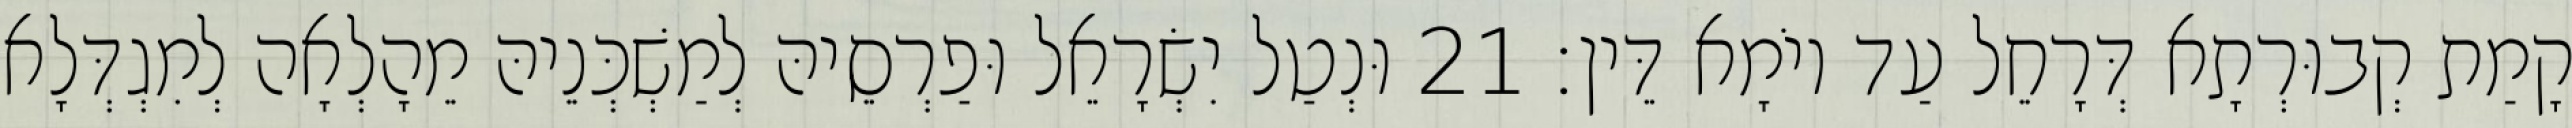
קָמַת קְבוּרְתָא דְּרָחֵל עַד יוֹמָא דֵּין׃ 21 וּנְטַל יִשְׂרָאֵל וּפַרְסֵיהּ לְמַשְׁכְּנֵיהּ מֵהָלְאָה לְמִגְדְּלָא